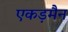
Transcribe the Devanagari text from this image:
एकड़मैन